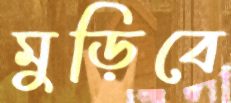
মুড়িবে